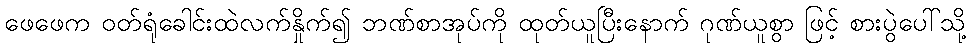
ဖေဖေက ဝတ်ရုံခေါင်းထဲလက်နှိုက်၍ ဘဏ်စာအုပ်ကို ထုတ်ယူပြီးနောက် ဂုဏ်ယူစွာ ဖြင့် စားပွဲပေါ်သို့